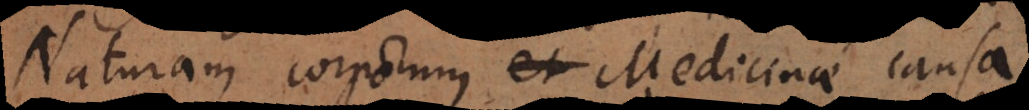
Naturam corporum et Medicinae causa